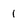
Character: 1